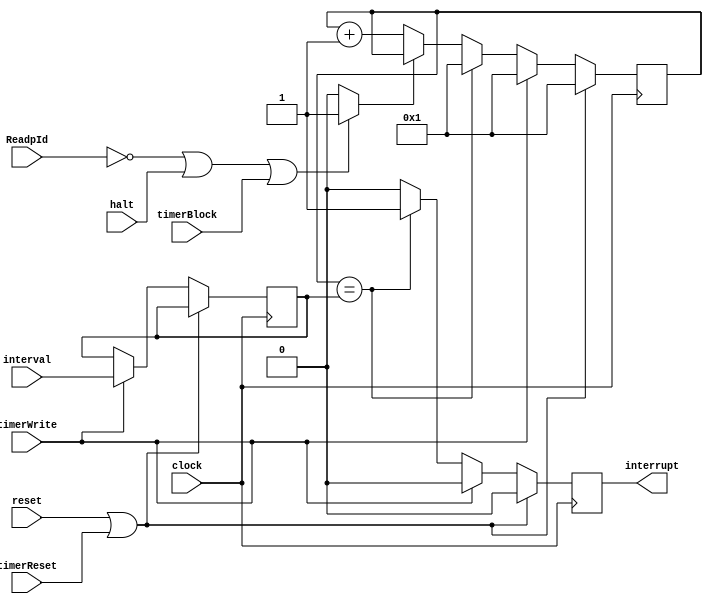
module Timer( clock, reset, timerReset, interval, timerWrite, timerBlock, ReadpId, halt, interrupt);

	input clock, reset, timerWrite, timerReset, timerBlock, halt;
	input[31:0] interval, ReadpId;
	output reg interrupt;
	reg[31:0] counter;
	reg[31:0] savedInterval;
	wire block;
	
	initial begin
		savedInterval <= 30;
		counter <= 1;
	end
	
	assign block = (ReadpId == 0 || halt || timerBlock ) ? 1 : 0;
	
	always @(posedge clock )
	begin
		if( reset || timerReset )
		begin
			counter <= 1;
			interrupt <= 1'b0;
		end
		else if( timerWrite )
		begin
			savedInterval <= interval;
			counter <= 1;
			interrupt <= 1'b0;
		end
		/*else if( timerBlock )
		begin
			interrupt <= 1'b0;
			if( counter == savedInterval)
				counter <= counter - 1;
		end*/
		else if( counter == savedInterval )
		begin
			counter <= 1;
			interrupt <= 1'b1;
		end
		else
		begin
			if( !block )
				counter <= counter + 1;
			interrupt <= 1'b0;
		end 
	end

endmodule